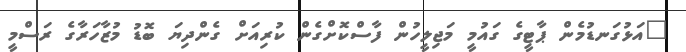
"އަޅުގަނޑުމެން ޕާޓީގެ ގައުމީ މަޖިލީހުން ފާސްކޮށްގެން ކުރިއަށް ގެންދިޔަ ބޮޑު މުޒާހަރާގެ ރަސްމީ